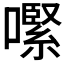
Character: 𡁵